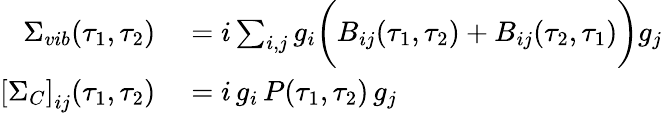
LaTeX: \begin{array}{rl}{\Sigma_{vib}(\tau_{1},\tau_{2})}&{{}=i\sum_{i,j}g_{i}\bigg(B_{ij}(\tau_{1},\tau_{2})+B_{ij}(\tau_{2},\tau_{1})\bigg)g_{j}}\\ {\left[\Sigma_{C}\right]_{ij}(\tau_{1},\tau_{2})}&{{}=i\, g_{i}\, P(\tau_{1},\tau_{2})\, g_{j}}\end{array}